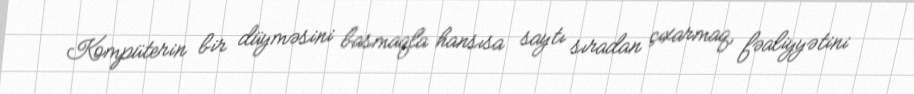
Kompüterin bir düyməsini basmaqla hansısa saytı sıradan çıxarmaq, fəaliyyətini